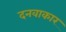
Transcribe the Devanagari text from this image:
दनवाकार